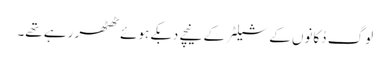
لوگ دُکانوں کے شیلٹر کے نیچے دبکے ہوئے ٹھٹھر رہے تھے۔